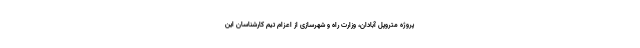
پروژه متروپل آبادان، وزارت راه و شهرسازی از اعزام تیم کارشناسان این